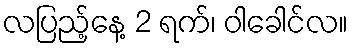
လပြည့်နေ့ 2 ရက်၊ ဝါခေါင်လ။